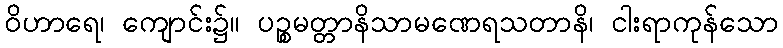
ဝိဟာရေ၊ ကျောင်း၌။ ပဉ္စမတ္တာနိသာမဏေရသတာနိ၊ ငါးရာကုန်သော